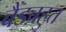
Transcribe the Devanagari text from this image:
बैंडबहुत